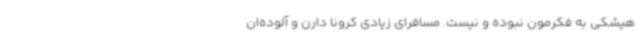
هیشکی به فکرمون نبوده و نیست. مسافرای زیادی کرونا دارن و آلوده‌ان